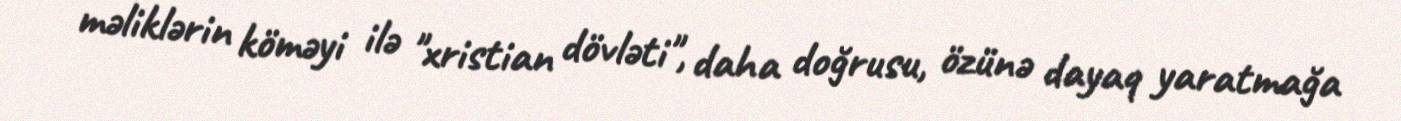
məliklərin köməyi ilə "xristian dövləti", daha doğrusu, özünə dayaq yaratmağa